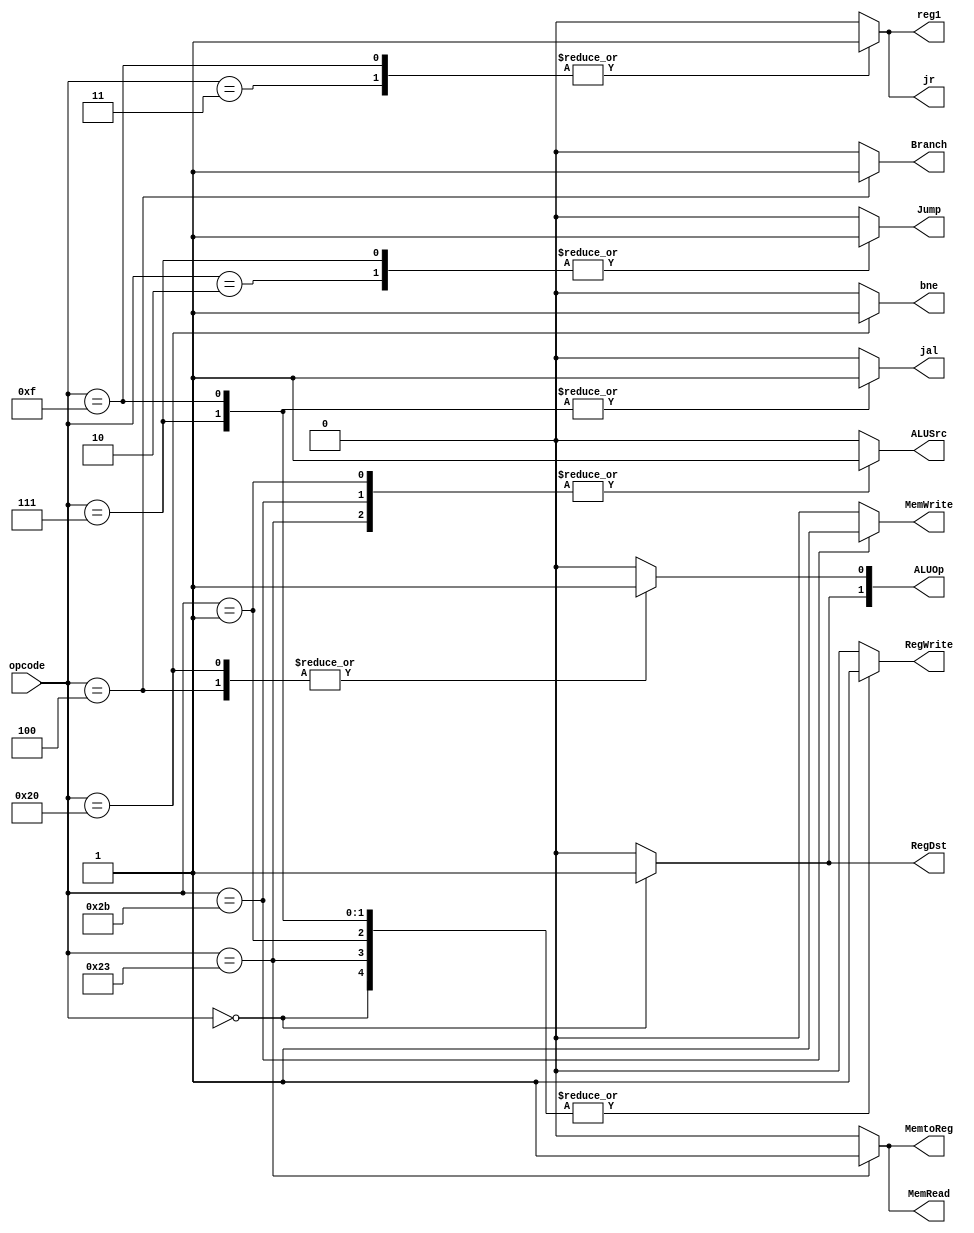
`timescale 1ns / 1ps
//////////////////////////////////////////////////////////////////////////////////
// Company: 
// Engineer: 
// 
// Design Name: 
// Module Name:    control 
// Project Name: 
// Target Devices: 
// Tool versions: 
// Description: 
//
// Dependencies: 
//
// Revision: 
// Revision 0.01 - File Created
// Additional Comments: 
//
//////////////////////////////////////////////////////////////////////////////////
module control(
    input [5:0] opcode,
    output reg RegDst,
    output reg Jump,
    output reg Branch,
    output reg MemRead,
    output reg MemtoReg,
    output reg [1:0] ALUOp,
    output reg MemWrite,
    output reg ALUSrc,
    output reg RegWrite,
    output reg jr,
    output reg reg1,
    output reg jal,
    output reg bne
    );
always@(*)
begin
case(opcode)
	6'b000000 : begin       //	R - type
						RegDst = 1;
						ALUSrc = 0;
						MemtoReg = 0;
						RegWrite = 1;
						MemRead = 0;
						MemWrite = 0;
						Branch = 0;
						ALUOp[1] = 1;
						ALUOp[0] = 0;
						Jump = 0;
						jr = 0;
						reg1 = 0;
						jal = 0;
						bne = 0;
						end
	6'b100011 : begin			//LW
						RegDst = 0;
						ALUSrc = 1;
						MemtoReg = 1;
						RegWrite = 1;
						MemRead = 1;
						MemWrite = 0;
						Branch = 0;
						ALUOp[1] = 0;
						ALUOp[0] = 0;
						Jump = 0;
						jr = 0;
						reg1 = 0;
						jal = 0;
						bne = 0;
						end
	6'b101011 : begin			//SW
						RegDst = 0;
						ALUSrc = 1;
						MemtoReg = 0;
						RegWrite = 0;
						MemRead = 0;
						MemWrite = 1;
						Branch = 0;
						ALUOp[1] = 0;
						ALUOp[0] = 0;
						Jump = 0;
						jr = 0;
						reg1 = 0;
						jal = 0;
						bne = 0;
						end
	6'b000100 : begin			//beq
						RegDst = 0;
						ALUSrc = 0;
						MemtoReg = 0;
						RegWrite = 0;
						MemRead = 0;
						MemWrite = 0;
						Branch = 1;
						ALUOp[1] = 0;
						ALUOp[0] = 1;
						Jump = 0;
						jr = 0;
						reg1 = 0;
						jal = 0;
						bne = 0;
						end
	6'b100000 : begin			//bne
						RegDst = 0;
						ALUSrc = 0;
						MemtoReg = 0;
						RegWrite = 0;
						MemRead = 0;
						MemWrite = 0;
						Branch = 0;
						bne = 1;
						ALUOp[1] = 0;
						ALUOp[0] = 1;
						Jump = 0;
						jr = 0;
						reg1 = 0;
						jal = 0;
						end
	6'b000001 : begin			//addi
						RegDst = 0;
						ALUSrc = 1;
						MemtoReg = 0;
						RegWrite = 1;
						MemRead = 0;
						MemWrite = 0;
						Branch = 0;
						ALUOp[1] = 0;
						ALUOp[0] = 0;
						Jump = 0;
						jr = 0;
						reg1 = 0;
						jal = 0;
						bne = 0;
						end
	6'b000010 : begin			//j
						RegDst = 0;
						ALUSrc = 0;
						MemtoReg = 0;
						RegWrite = 0;
						MemRead = 0;
						MemWrite = 0;
						Branch = 0;
						ALUOp[1] = 0;
						ALUOp[0] = 0;
						Jump = 1;
						jr = 0;
						reg1 = 0;
						jal = 0;
						bne = 0;
						end
	6'b000011 : begin			//jr
						RegDst = 0;
						ALUSrc = 0;
						MemtoReg = 0;
						RegWrite = 0;
						MemRead = 0;
						MemWrite = 0;
						Branch = 0;
						ALUOp[1] = 0;
						ALUOp[0] = 0;
						Jump = 0;
						jr = 1;
						reg1 = 1;
						jal = 0;
						bne = 0;
						end
	6'b000111 : begin			//jal
						RegDst = 0;
						ALUSrc = 0;
						MemtoReg = 0;
						RegWrite = 1;
						MemRead = 0;
						MemWrite = 0;
						Branch = 0;
						ALUOp[1] = 0;
						ALUOp[0] = 0;
						Jump = 1;
						jr = 0;
						reg1 = 0;
						jal = 1;
						bne = 0;
						end		
	6'b001111 : begin			//jalr
						RegDst = 0;
						ALUSrc = 0;
						MemtoReg = 0;
						RegWrite = 1;
						MemRead = 0;
						MemWrite = 0;
						Branch = 0;
						ALUOp[1] = 0;
						ALUOp[0] = 0;
						Jump = 0;
						jr = 1;
						reg1 = 1;
						jal = 1;
						bne = 0;
						end					
	default : begin			
						RegDst = 0;
						ALUSrc = 0;
						MemtoReg = 0;
						RegWrite = 0;
						MemRead = 0;
						MemWrite = 0;
						Branch = 0;
						ALUOp[1] = 0;
						ALUOp[0] = 0;
						Jump = 0;
						jr = 0;
						reg1 = 0;
						jal = 0;
						bne = 0;
						end
endcase

end


endmodule